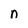
Character: n